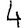
Digit: 4